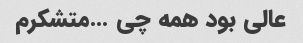
عالی بود همه چی …متشکرم